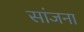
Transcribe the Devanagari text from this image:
सांजना